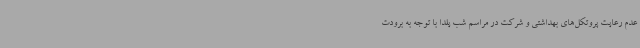
عدم رعایت پروتکل‌های بهداشتی و شرکت در مراسم شب یلدا با توجه به برودت